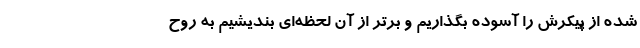
شده از پیکرش را آسوده بگذاریم و برتر از آن لحظه‌ای بندیشیم به روح